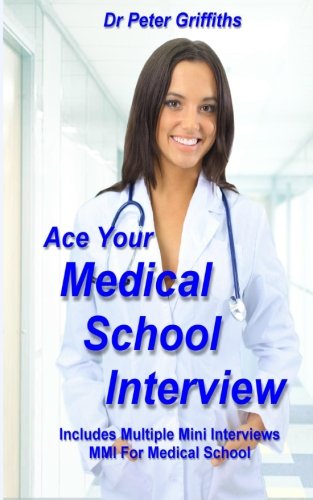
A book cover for Ace Your Medical School Interview: Includes Multiple Mini Interviews MMI For Medical School; Dr Peter Griffiths; Education & Teaching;